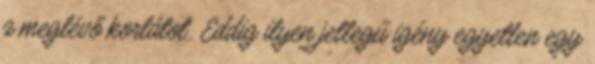
a meglévő korlátot. Eddig ilyen jellegű igény egyetlen egy